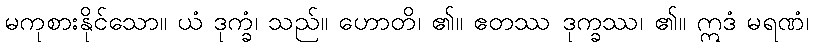
မကုစားနိုင်သော။ ယံ ဒုက္ခံ၊ သည်။ ဟောတိ၊ ၏။ ဧတဿ ဒုက္ခဿ၊ ၏။ ဣဒံ မရဏံ၊